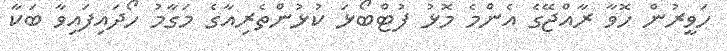
ހަވީރުން ހޮވާ ރާއްޖޭގެ އެންމެ މޮޅު ފުޓްބޯޅަ ކުޅުންތެރިއާގެ މަގާމު ހޯދައިފައިވާ ބަކާ